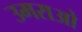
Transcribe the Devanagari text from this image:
उमराओ